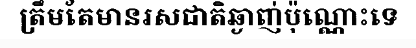
ត្រឹមតែមានរសជាតិឆ្ងាញ់ប៉ុណ្ណោះទេ